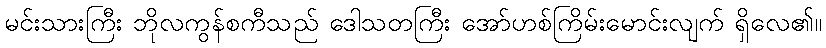
မင်းသားကြီး ဘိုလကွန်စကီသည် ဒေါသတကြီး အော်ဟစ်ကြိမ်းမောင်းလျက် ရှိလေ၏။